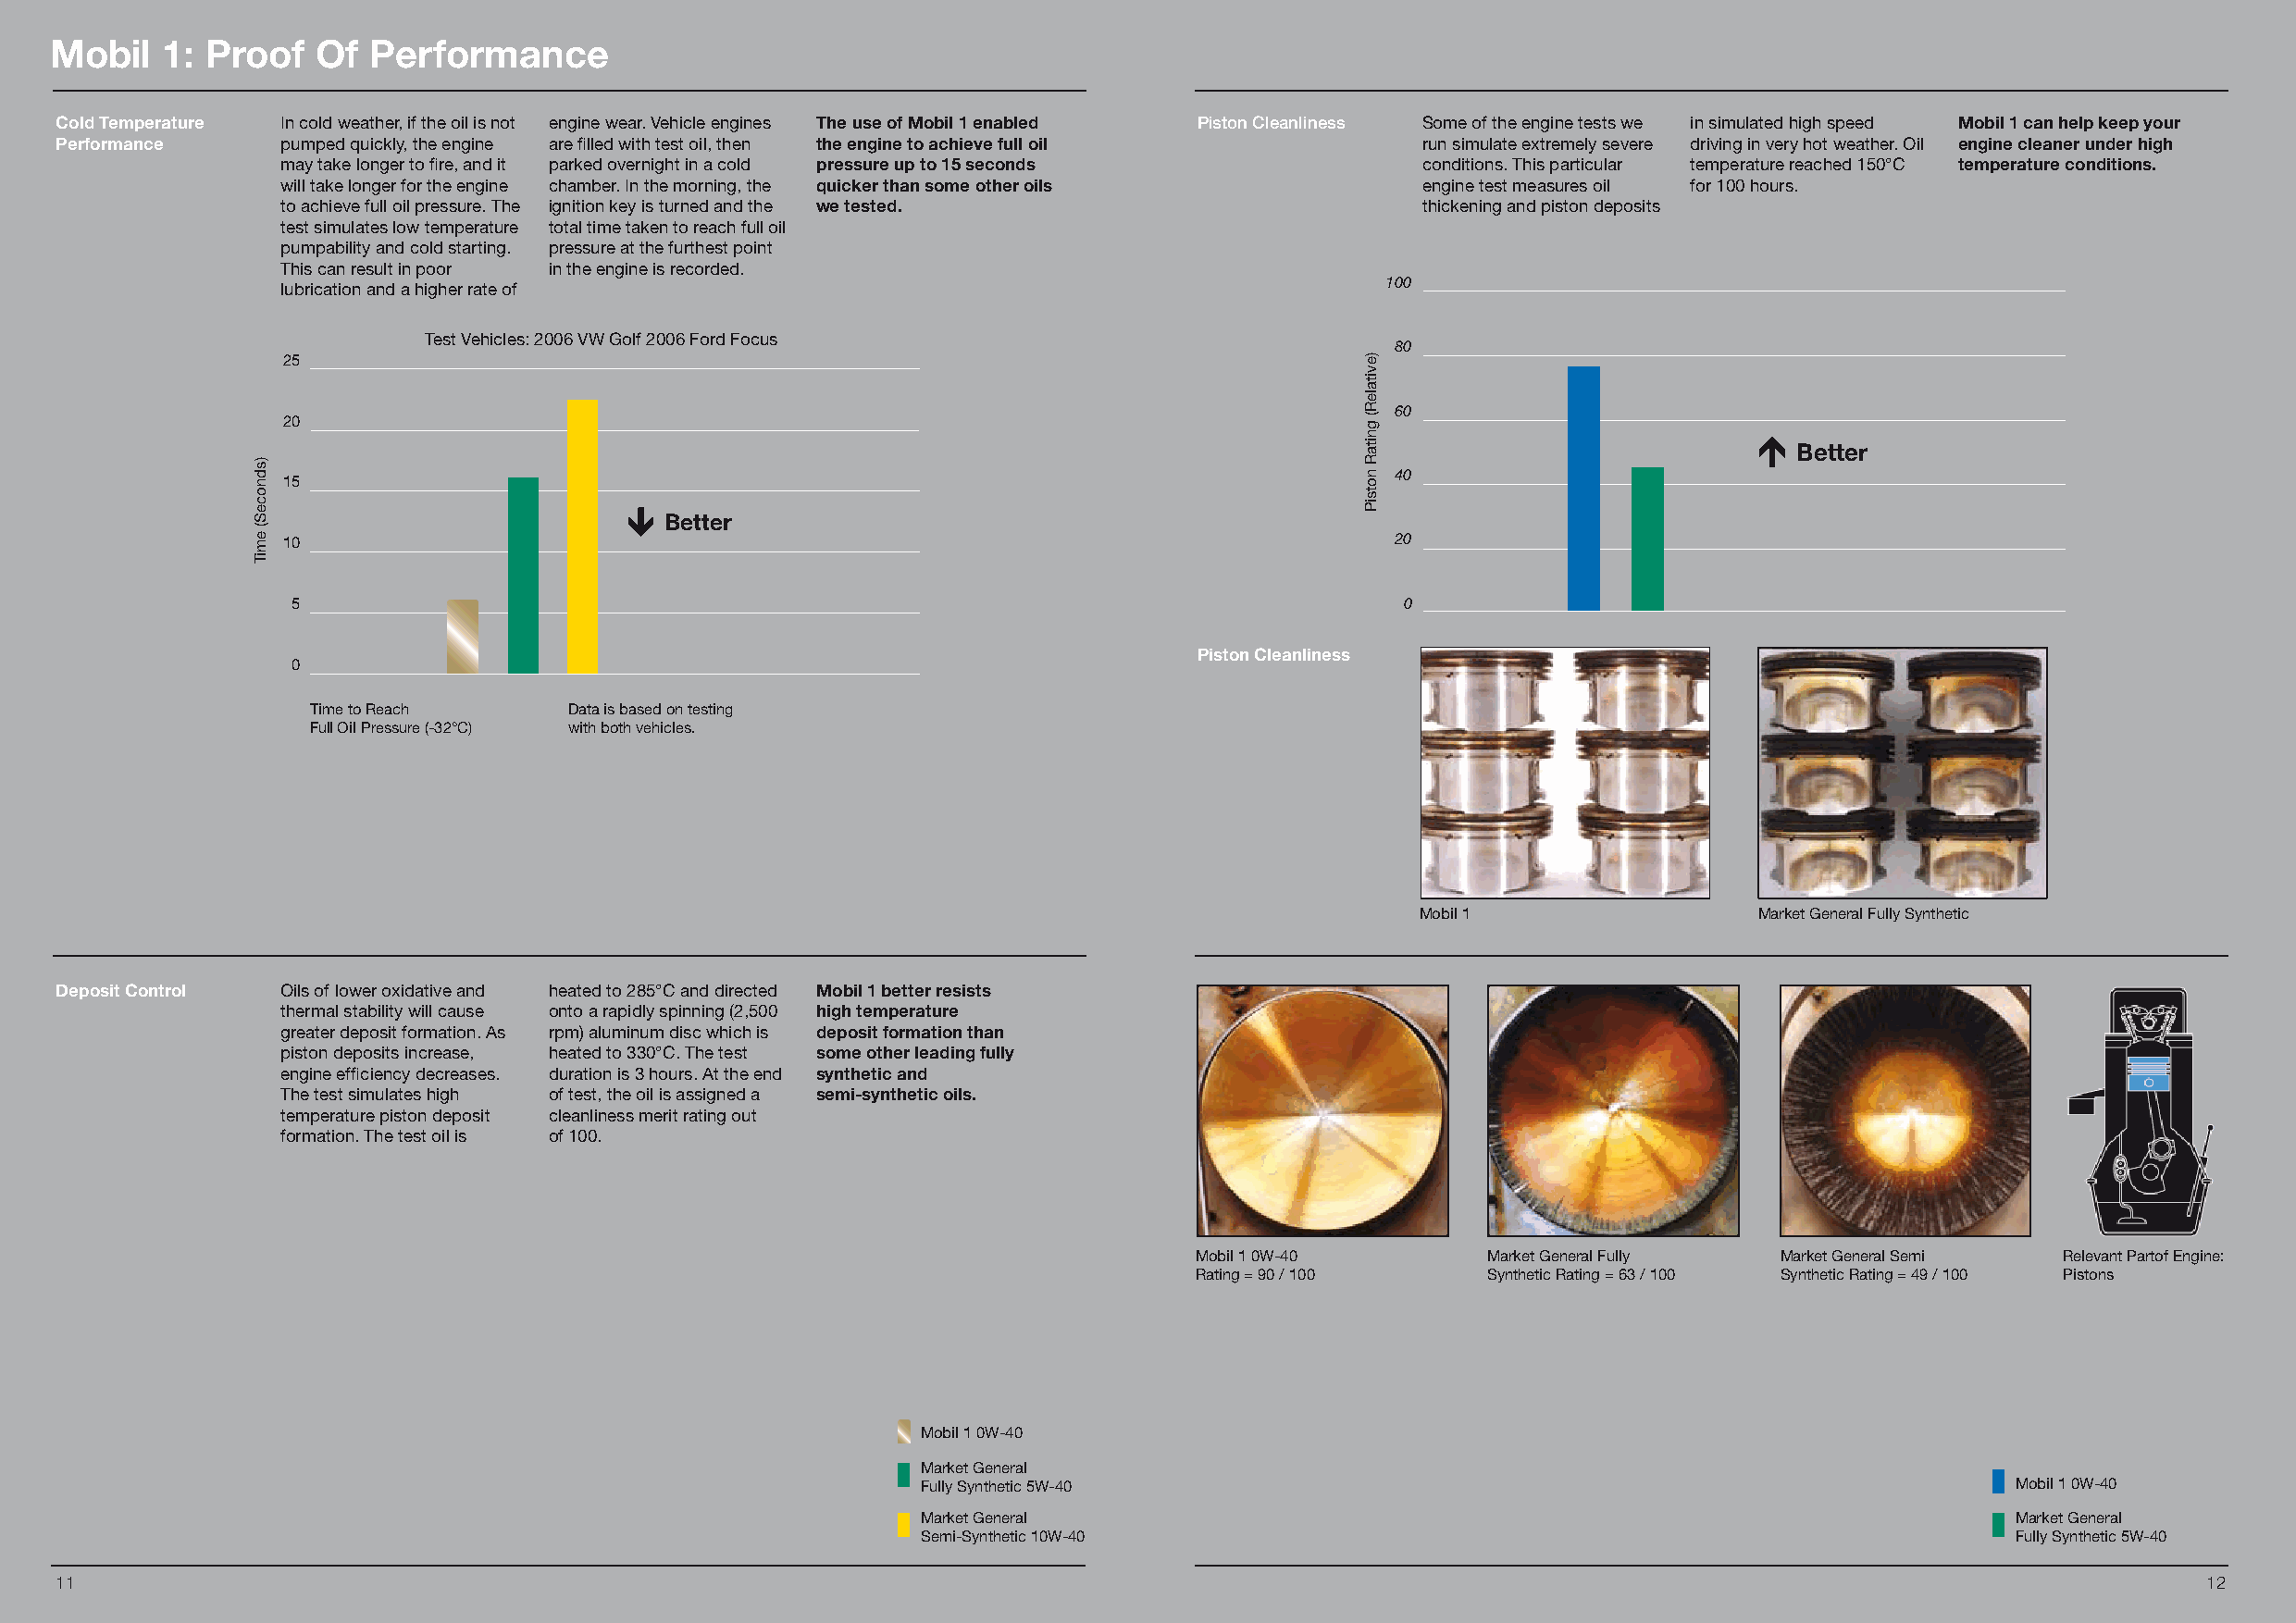
Mobil   1: Proof   Of Performance
 Cold Temperature In cold weather, if the oil is not engine wear. Vehicle engines The use of Mobil 1 enabled Piston Cleanliness Some of the engine tests we in simulated high speed Mobil 1 can help keep your
 Performance     pumped quickly, the engine are filled with test oil, then the engine to achieve full oil run simulate extremely severe driving in very hot weather. Oil engine cleaner under high
 may take longer to fire, and it parked overnight in a cold pressure up to 15 seconds conditions. This particular temperature reached 150°C temperature conditions.
 will take longer for the engine chamber. In the morning, the quicker than some other oils engine test measures oil for 100 hours.
 to achieve full oil pressure. The ignition key is turned and the we tested.       thickening and piston deposits
 test simulates low temperature total time taken to reach full oil
 pumpability and cold starting. pressure at the furthest point
 This can result in poor in the engine is recorded.
 100
 lubrication and a higher rate of
 Test Vehicles: 2006 VW Golf 2006 Ford Focus
 80
 25
 60
 20
 Better
 40
 15
 Better
 10                                                                              20
 5                                                                              0
 Piston Cleanliness
 0
 Time to Reach      Data is based on testing
 Full Oil Pressure (-32°C) with both vehicles.
 Mobil 1                 Market General Fully Synthetic
 Deposit Control Oils of lower oxidative and heated to 285°C and directed Mobil 1 better resists
 thermal stability will cause onto a rapidly spinning (2,500 high temperature
 greater deposit formation. As rpm) aluminum disc which is deposit formation than
 piston deposits increase, heated to 330°C. The test some other leading fully
 engine efficiency decreases. duration is 3 hours. At the end synthetic and
 The test simulates high of test, the oil is assigned a semi-synthetic oils.
 temperature piston deposit cleanliness merit rating out
 formation. The test oil is of 100.
 Mobil 1 0W-40       Market General Fully Market General Semi  Relevant Partof Engine:
 Rating = 90 / 100   Synthetic Rating = 63 / 100 Synthetic Rating = 49 / 100 Pistons
 Mobil 1 0W-40
 Market General
 Fully Synthetic 5W-40                                                         Mobil 1 0W-40
 Market General                                                                Market General
 Semi-Synthetic 10W-40                                                         Fully Synthetic 5W-40
 11                                                                                                                                                        12
 )sdnoceS(
 emiT
 )evitaleR(
 gnitaR
 notsiP